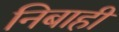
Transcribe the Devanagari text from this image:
निबाही